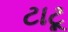
ટાટૂ